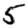
Digit: 5